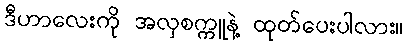
ဒီဟာလေးကို အလှစက္ကူနဲ့ ထုတ်ပေးပါလား။